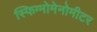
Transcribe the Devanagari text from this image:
स्फिग्मोमेनोमीटर